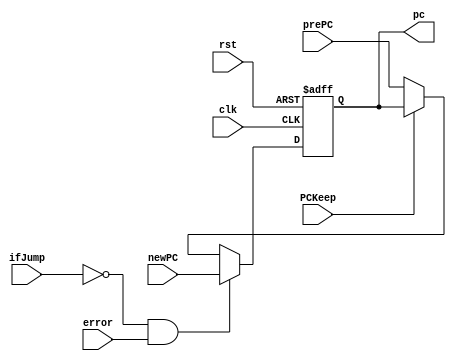
`timescale 1ns / 1ps
//////////////////////////////////////////////////////////////////////////////////
// Company: 
// Engineer: 
// 
// Design Name: 
// Module Name:    PC_reg 
// Project Name: 
// Target Devices: 
// Tool versions: 
// Description: 
//
// Dependencies: 
//
// Revision: 
// Revision 0.01 - File Created
// Additional Comments: 
//
//////////////////////////////////////////////////////////////////////////////////
module PC_reg(

	 input PCKeep,
	 input clk,
	 input rst,
	 input [15:0] newPC,
	 input ifJump,
	 input error,
	 input [15:0] prePC,
	 output reg [15:0] pc
	 //output reg [7:0] ledA
    );

always @ (negedge clk or negedge rst) begin
	if (rst == 0) begin
		pc <= 16'b0000000000000000;
	end
	else begin
		if(ifJump == 0 && error == 1) begin //else if(ifJump === 0 && error == 1) begin 
			pc <= newPC; //
		end
		else if (PCKeep == 1) begin//if (PCKeep === 1) begin
			
		end
		else
		begin
			pc <= prePC;
		end
	end
end
endmodule